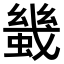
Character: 𧎶